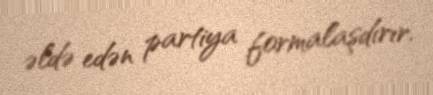
əldə edən partiya formalaşdırır.